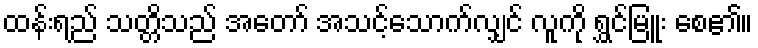
ထန်းရည် သတ္တိသည် အတော် အသင့်သောက်လျှင် လူကို ရွှင်မြူး စေ၏။